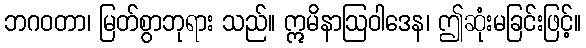
ဘဂဝတာ၊ မြတ်စွာဘုရား သည်။ ဣမိနာဩဝါဒေန၊ ဤဆုံးမခြင်းဖြင့်။